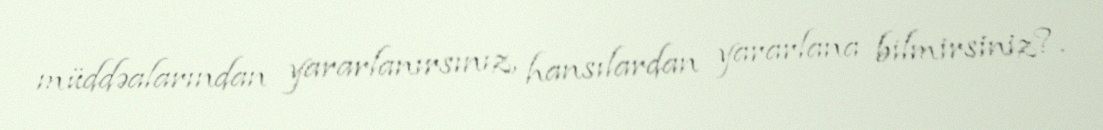
müddəalarından yararlanırsınız, hansılardan yararlana bilmirsiniz?.